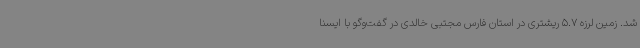
شد. زمین لرزه 5.7 ریشتری در استان فارس مجتبی خالدی در گفت‌وگو با ایسنا